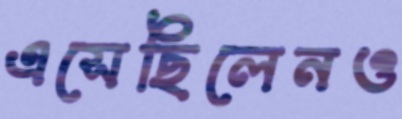
এসেছিলেনও